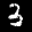
Label: 3